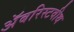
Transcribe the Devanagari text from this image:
अॅबरिस्टवीथ